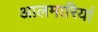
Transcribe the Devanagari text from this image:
आलमारियां